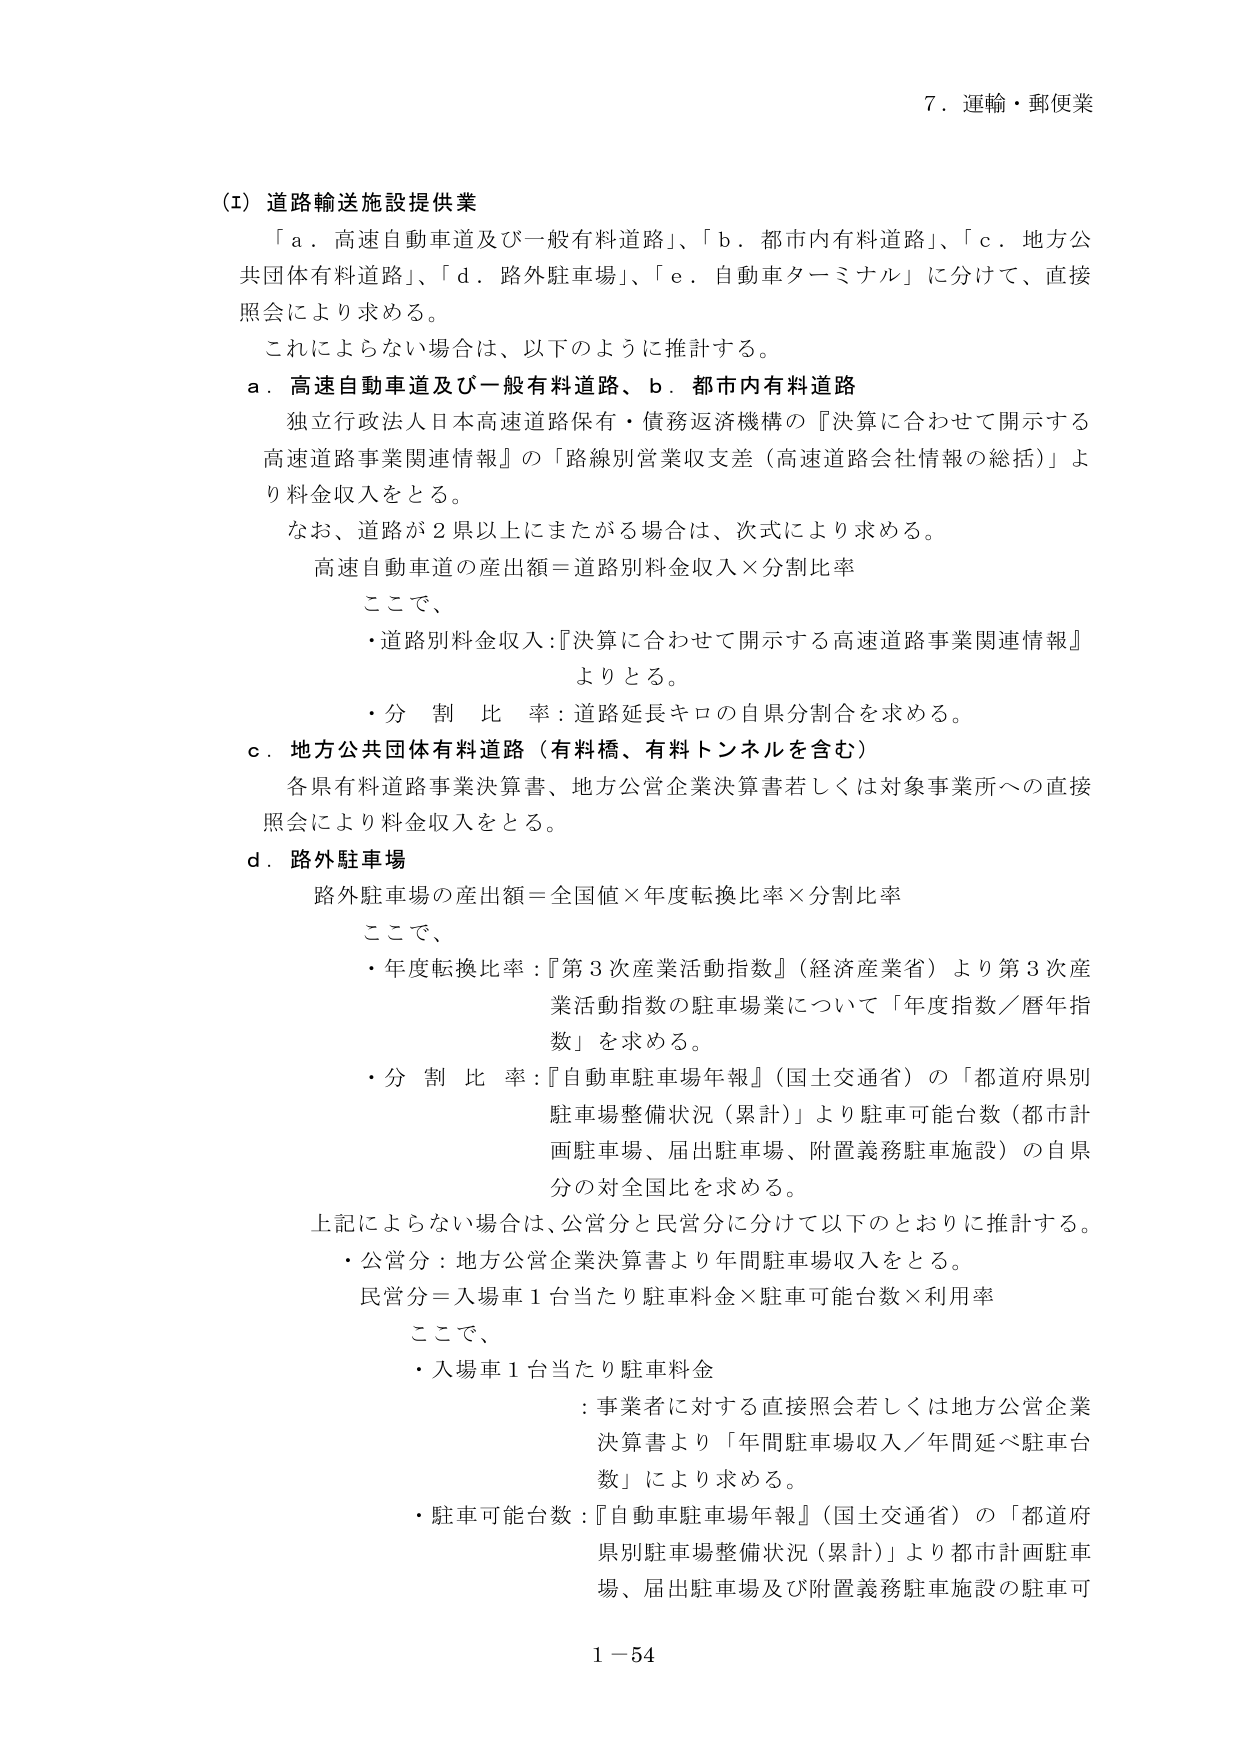
7．運輸・郵便業

(1) 道路輸送施設提供業
「a．高速自動車道及び一般有料道路」、「b．都市内有料道路」、「c．地方公共団体有料道路」、「d．路外駐車場」、「e．自動車ターミナル」に分けて、直接照会により求める。
これによらない場合は、以下のように推計する。
a．高速自動車道及び一般有料道路、b．都市内有料道路
独立行政法人日本高速道路保有・債務返済機構の『決算に合わせて開示する高速道路事業関連情報』の「路線別営業収支差（高速道路会社情報の総括）」より料金収入をとる。
なお、道路が2県以上にまたがる場合は、次式により求める。
高速自動車道の産出額＝道路別料金収入×分割比率
ここで、
・道路別料金収入：『決算に合わせて開示する高速道路事業関連情報』よりとる。
・分割比率：道路延長キロの自県分割合を求める。
c．地方公共団体有料道路（有料橋、有料トンネルを含む）
各県有料道路事業決算書、地方公営企業決算書若しくは対象事業所への直接照会により料金収入をとる。
d．路外駐車場
路外駐車場の産出額＝全国値×年度転換比率×分割比率
ここで、
・年度転換比率：『第3次産業活動指数』（経済産業省）より第3次産業活動指数の駐車場業について「年度指数／暦年指数」を求める。
・分割比率：『自動車駐車場年報』（国土交通省）の「都道府県別駐車場整備状況（累計）」より駐車可能台数（都市計画駐車場、届出駐車場、附置義務駐車施設）の自県分の対全国比を求める。
上記によらない場合は、公営分と民営分に分けて以下のとおりに推計する。
・公営分：地方公営企業決算書より年間駐車場収入をとる。
民営分＝入場車1台当たり駐車料金×駐車可能台数×利用率
ここで、
・入場車1台当たり駐車料金
：事業者に対する直接照会若しくは地方公営企業決算書より「年間駐車場収入／年間延べ駐車台数」により求める。
・駐車可能台数：『自動車駐車場年報』（国土交通省）の「都道府県別駐車場整備状況（累計）」より都市計画駐車場、届出駐車場及び附置義務駐車施設の駐車可

1－54